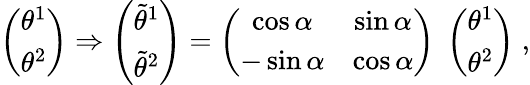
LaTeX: \left(\begin{array}{c}{{\theta^{1}}}\\ {{\theta^{2}}}\end{array}\right)\Rightarrow\left(\begin{array}{c}{{\tilde{\theta}^{1}}}\\ {{\tilde{\theta}^{2}}}\end{array}\right)=\left(\begin{array}{cc}{{\cos\alpha}}&{{\sin\alpha}}\\ {{-\sin\alpha}}&{{\cos\alpha}}\end{array}\right)\; \left(\begin{array}{c}{{\theta^{1}}}\\ {{\theta^{2}}}\end{array}\right)\; ,